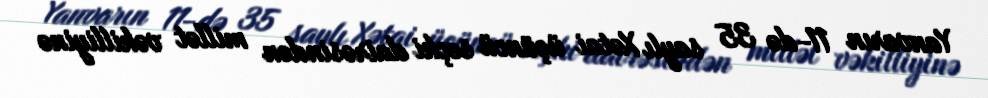
Yanvarın 11-də 35 saylı Xətai üçüncü seçki dairəsindən millət vəkilliyinə